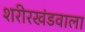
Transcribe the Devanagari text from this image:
शरीरखंडवाला